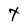
Character: t